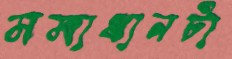
সমাধানটা